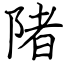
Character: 陼